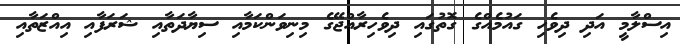
އިސްލާމީ އަދި ދިވެހި ގައުމެއްގެ ގޮތުގައި ދިވެހިރާއްޖޭގެ މިނިވަންކަމާއި ސިޔާދަތާއި ޝަރަފާއި އިއްޒަތާއި